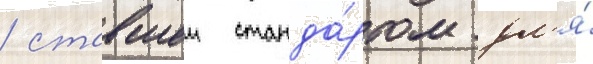
/ ставшеи станда́ртом дл'я́